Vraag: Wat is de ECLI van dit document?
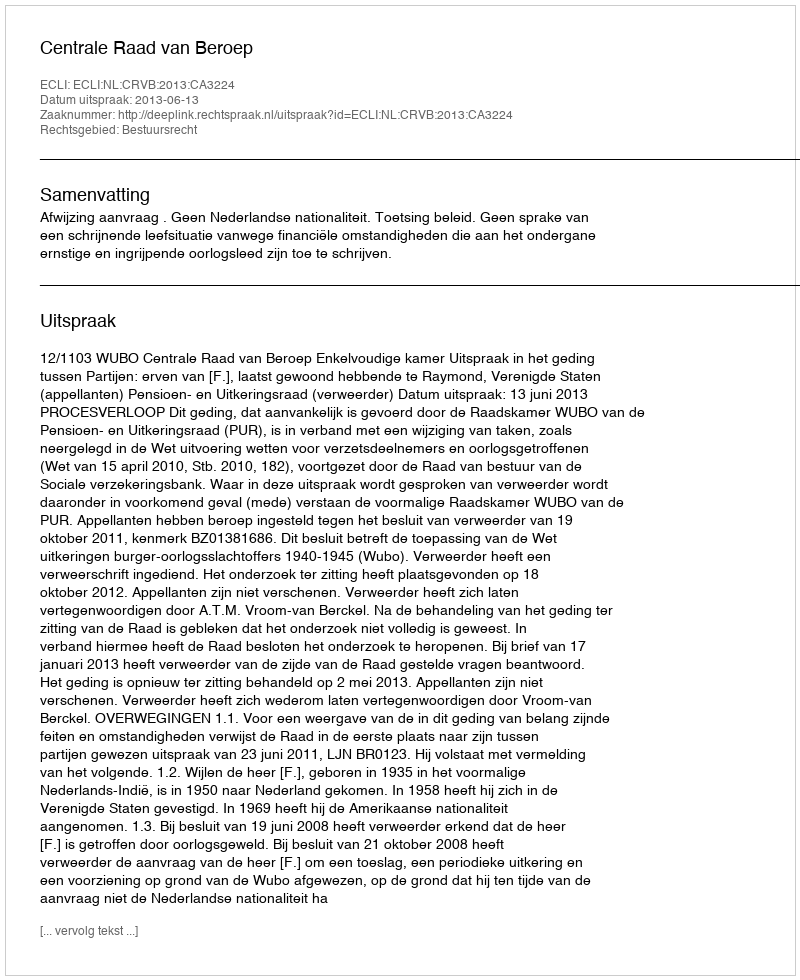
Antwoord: ECLI:NL:CRVB:2013:CA3224